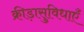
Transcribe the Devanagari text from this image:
क्रीड़ासुविधाएँ